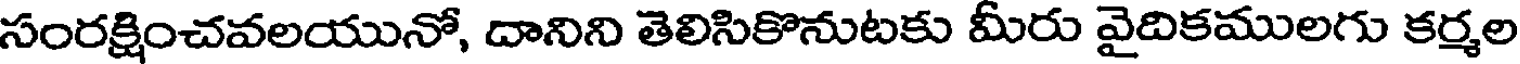
సంరక్షించవలయునో, దానిని తెలిసికొనుటకు మీరు వైదికములగు కర్మల